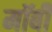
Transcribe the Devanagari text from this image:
मॉर्बी